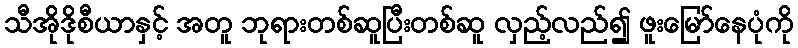
သီအိုဒိုစီယာနှင့် အတူ ဘုရားတစ်ဆူပြီးတစ်ဆူ လှည့်လည်၍ ဖူးမြော်နေပုံကို